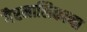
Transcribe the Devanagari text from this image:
गैरमालिकाना